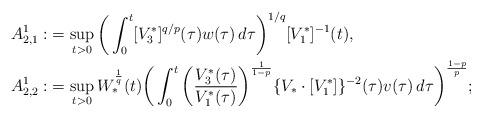
LaTeX: \begin{align*} A_{2,1}^1 : & = \sup_{t > 0}\bigg( \int_0^t [V_3^*]^{ q / p}(\tau) w(\tau)\,d\tau \bigg)^{1 / q} [V_1^*]^{- 1} (t),\\ A_{2,2}^1 : & = \sup_{t > 0} W_*^{\frac{1}{q}} (t) \bigg( \int_0^t \bigg( \frac{V_3^*(\tau)}{V_1^*(\tau)} \bigg)^{\frac{1}{1-p}} \{V_* \cdot [V_1^*]\}^{-2}(\tau)v(\tau)\,d\tau \bigg)^{\frac{1 - p}{p}}; \end{align*}